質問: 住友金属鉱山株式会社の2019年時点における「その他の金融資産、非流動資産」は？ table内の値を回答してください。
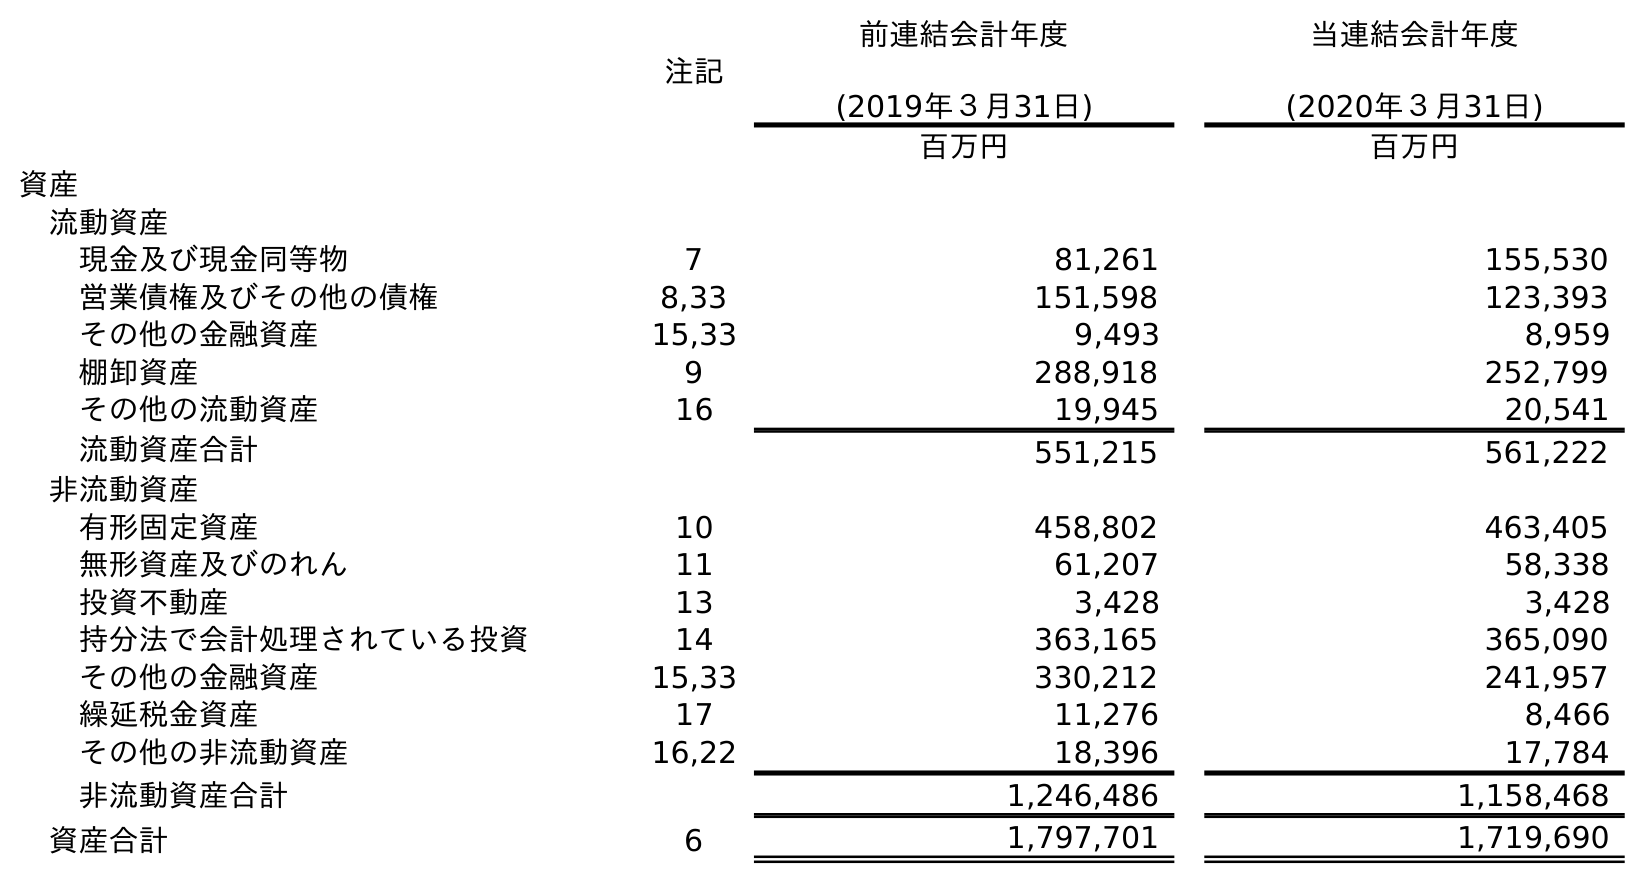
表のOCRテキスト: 注記 前連結会計年度 (2019年３月31日) 当連結会計年度 (2020年３月31日) 百万円 百万円 資産 流動資産 現金及び現金同等物 7 81,261 155,530 営業債権及びその他の債権 8,33 151,598 123,393 その他の金融資産 15,33 9,493 8,959 棚卸資産 9 288,918 252,799 その他の流動資産 16 19,945 20,541 流動資産合計 551,215 561,222 非流動資産 有形固定資産 10 458,802 463,405 無形資産及びのれん 11 61,207 58,338 投資不動産 13 3,428 3,428 持分法で会計処理されている投資 14 363,165 365,090 その他の金融資産 15,33 330,212 241,957 繰延税金資産 17 11,276 8,466 その他の非流動資産 16,22 18,396 17,784 非流動資産合計 1,246,486 1,158,468 資産合計 6 1,797,701 1,719,690
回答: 330,212